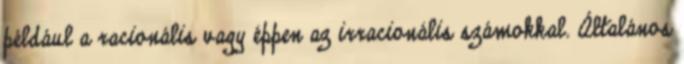
például a racionális vagy éppen az irracionális számokkal. Általános